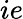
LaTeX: ie